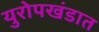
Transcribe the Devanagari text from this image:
युरोपखंडात